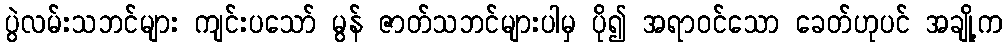
ပွဲလမ်းသဘင်များ ကျင်းပသော် မွန် ဇာတ်သဘင်များပါမှ ပို၍ အရာဝင်သော ခေတ်ဟုပင် အချို့က